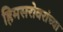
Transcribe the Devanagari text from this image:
हिमसरोवरांच्या